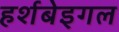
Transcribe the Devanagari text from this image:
हर्शबेइगल